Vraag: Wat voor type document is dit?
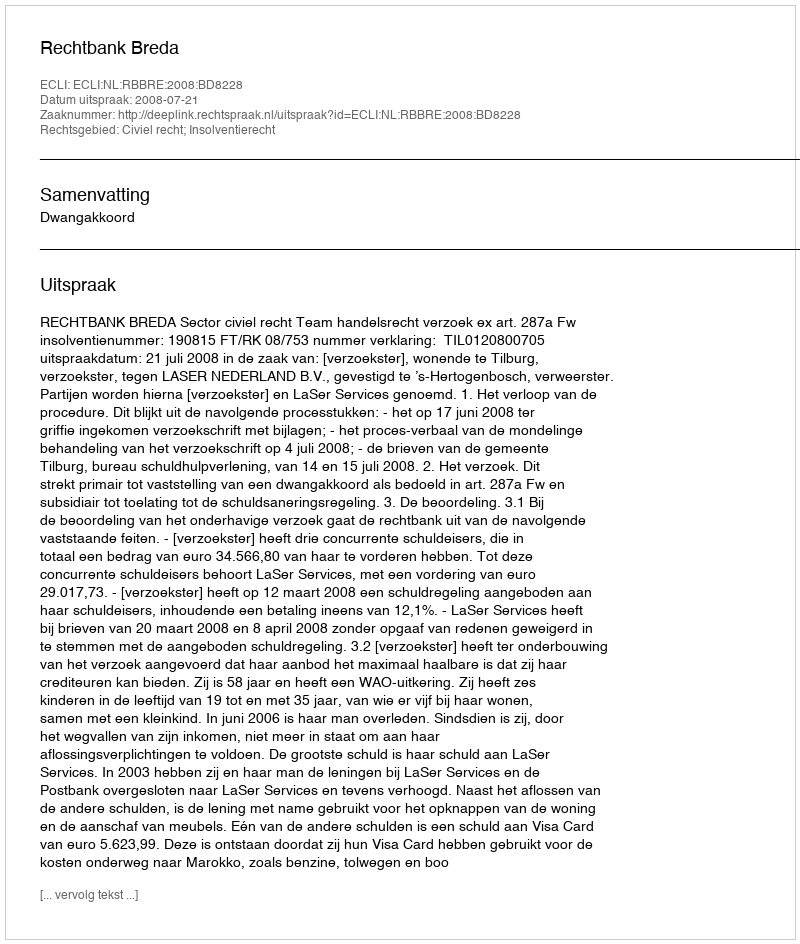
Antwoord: Uitspraak